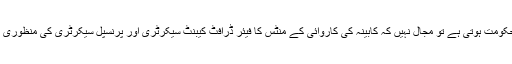
باوردی درست جرنیل کی حکومت ہوتی ہے تو مجال نہیں کہ کابینہ کی کاروائی کے منٹس کا فیئر ڈرافٹ کیبنٹ سیکرٹری اور پرنسپل سیکرٹری کی منظوری کے بعد بھی لیک ہو جائے۔